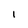
Character: I